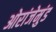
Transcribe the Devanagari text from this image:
ओरांजेमुंड